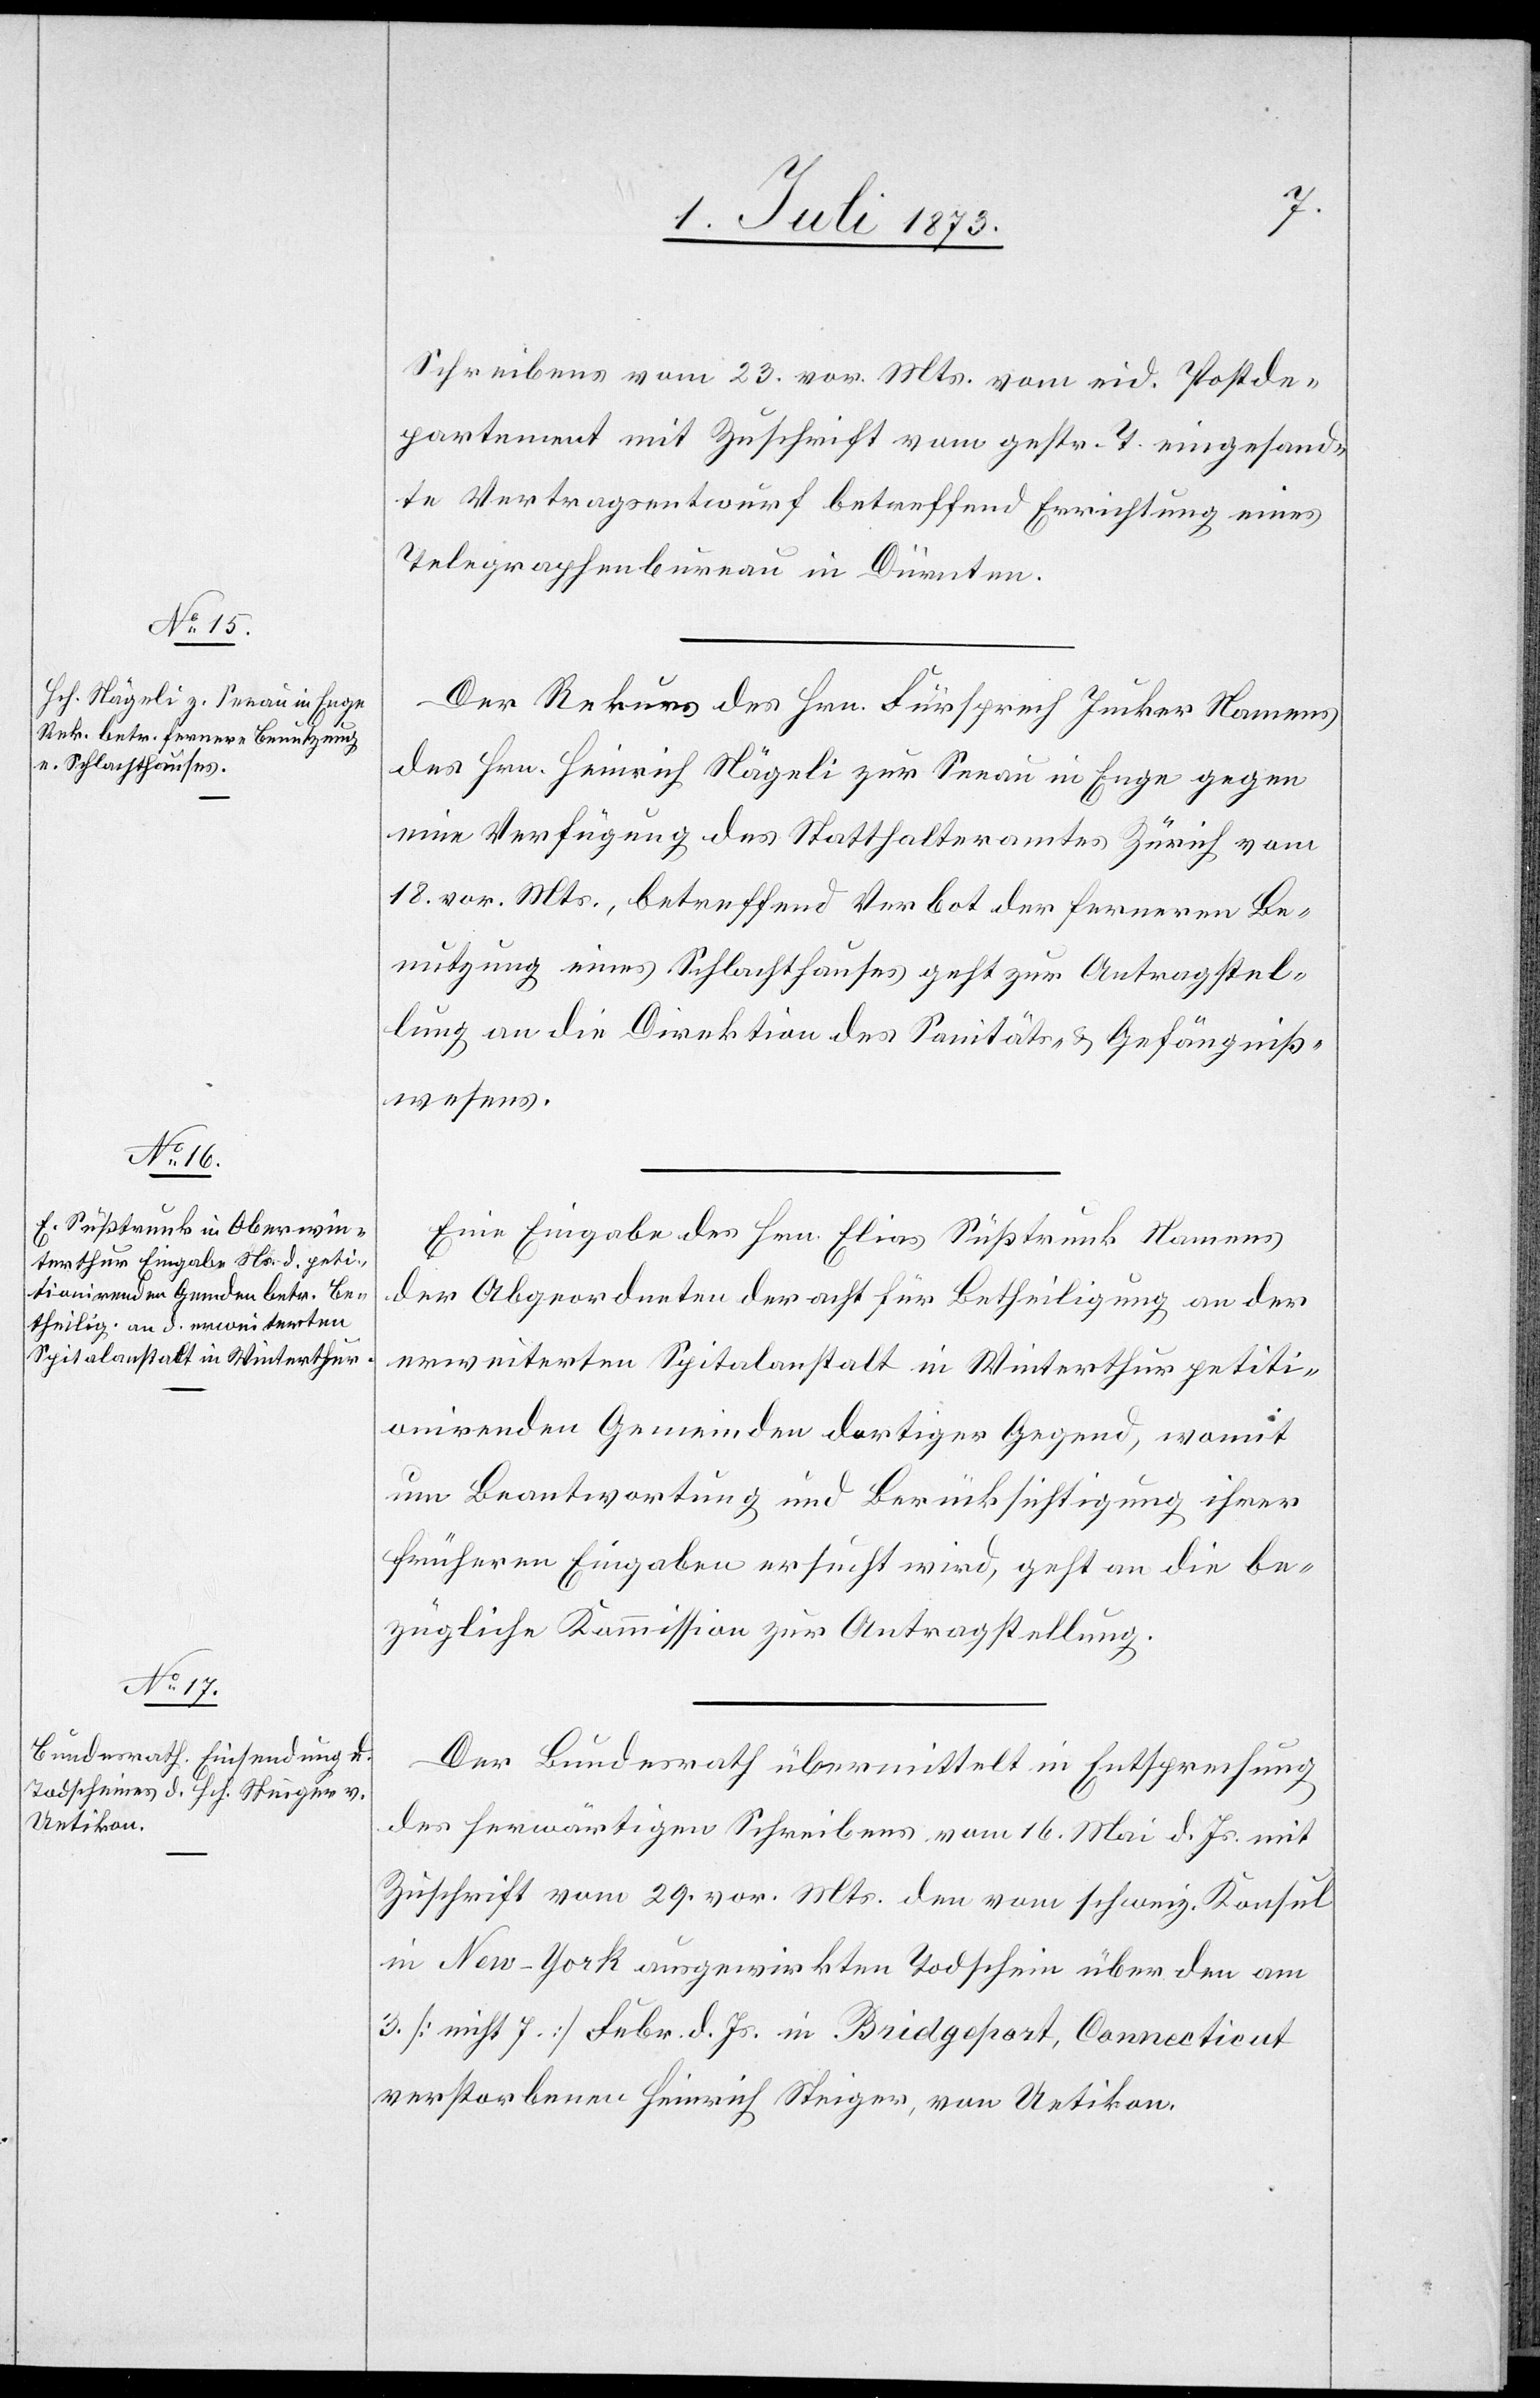
3. Juli 1873.]
Schreibens vom 23. vor. Mts. vom eid. Postde¬
partement mit Zuschrift vom gestr. T. eingesand¬
te Vertragsentwurf betreffend Errichtung eines
Telegraphenbureau in Dürnten.
Der Rekurs des Hrn. Fürsprech Jucker Namens
des Hrn. Heinrich Nägeli zur Seeau in Enge gegen
eine Verfügung des Statthalteramtes Zürich vom
18. vor. Mts., betreffend Verbot der ferneren Be¬
nutzung eines Schlachthauses geht zur Antragstel¬
lung an die Direktion des Sanitäts- & Gefängniß¬
wesens.
Eine Eingabe des Hrn. Elias Süßtrunk Namens
der Abgeordneten der acht für Betheiligung an der
erweiterten Spitalanstalt in Winterthur petiti¬
onirenden Gemeinden dortiger Gegend, womit
um Beantwortung und Berücksichtigung ihrer
früheren Eingaben ersucht wird, geht an die be¬
zügliche Kommission zur Antragstellung.
Der Bundesrath übermittelt in Entsprechung
des herwärtigen Schreibens vom 16. Mai d. Js. mit
Zuschrift vom 29. vor. Mts. den vom schweiz. Konsul
in New-York ausgewirkten Todschein über den am
3. [nicht 7.] Febr. d. Js. in Bridgeport, Connecticut
verstorbenen Heinrich Steiger, von Uetikon.